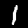
Digit: 1